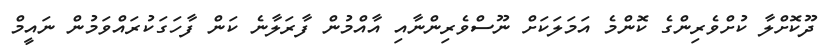
ދޫކޮށްލާ ކުށްވެރިންގެ ކޮންމެ އަމަލަކަށް ނޫސްވެރިންނާއި އާއްމުން ފާރަލާނެ ކަން ފާހަގަކުރައްވަމުން ނައީމް